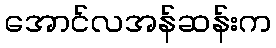
အောင်လအန်ဆန်းက